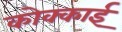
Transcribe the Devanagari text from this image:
कोक्काई